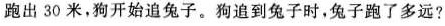
跑出30米，狗开始追兔子。狗追到兔子时，兔子跑了多远?